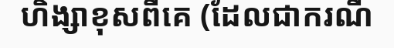
ហិង្សាខុសពីគេ (ដែលជាករណី